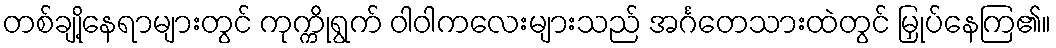
တစ်ချို့နေရာများတွင် ကုက္ကိုရွက် ဝါဝါကလေးများသည် အင်္ဂတေသားထဲတွင် မြှုပ်နေကြ၏။